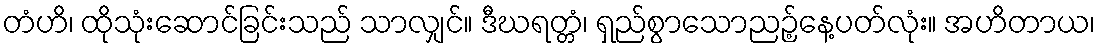
တံဟိ၊ ထိုသုံးဆောင်ခြင်းသည် သာလျှင်။ ဒီဃရတ္တံ၊ ရှည်စွာသောညဉ့်နေ့ပတ်လုံး။ အဟိတာယ၊